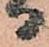
日